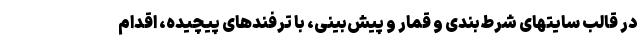
در قالب سایتهای شرط‌بندی و قمار و پیش‌بینی، با ترفندهای پیچیده، اقدام